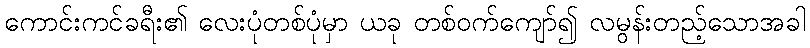
ကောင်းကင်ခရီး၏ လေးပုံတစ်ပုံမှာ ယခု တစ်ဝက်ကျော်၍ လမွန်းတည့်သောအခါ